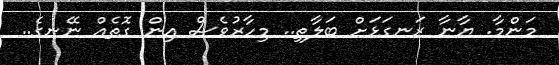
މަންމާ. ޔާނާ ރަނގަޅަށް ބަލާތި.. މިހާރުވެސް އިން ގޮތެއް ނޭނގެ..